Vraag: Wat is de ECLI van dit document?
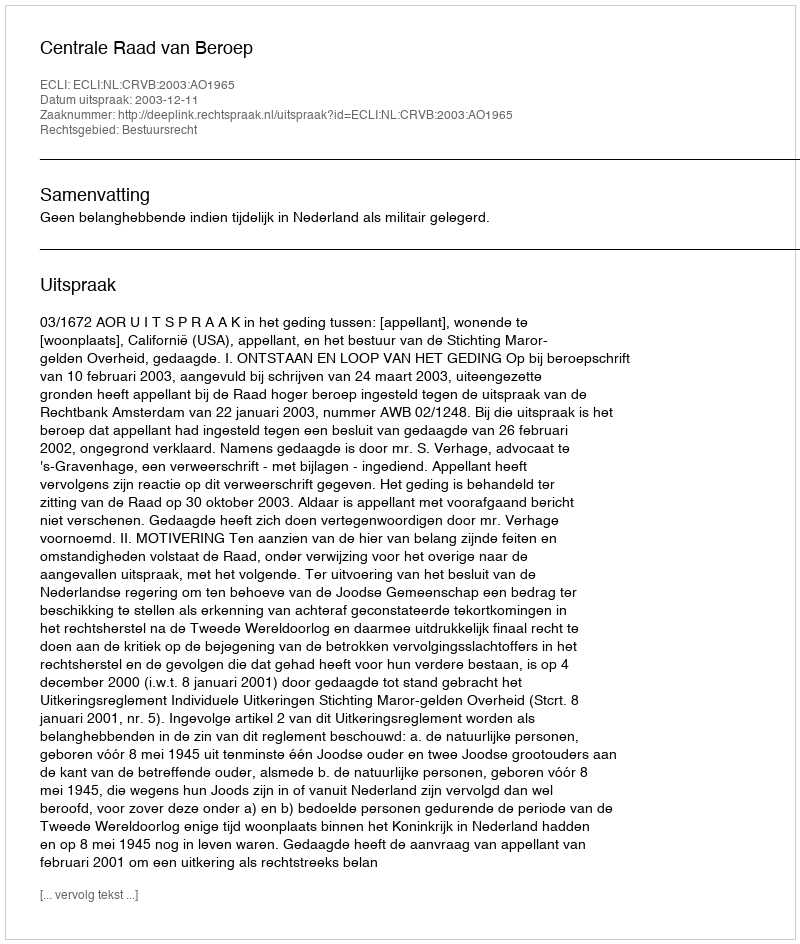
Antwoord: ECLI:NL:CRVB:2003:AO1965